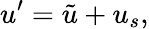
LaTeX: u^{\prime}=\tilde{u}+u_{s},